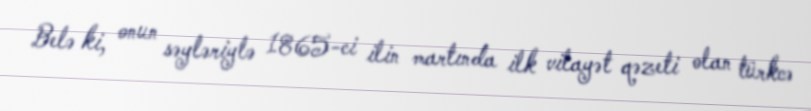
Belə ki, onun səyləriylə 1865-ci ilin martında ilk vilayət qəzeti olan türkcə